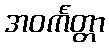
အဝင်္ကတ္တာ